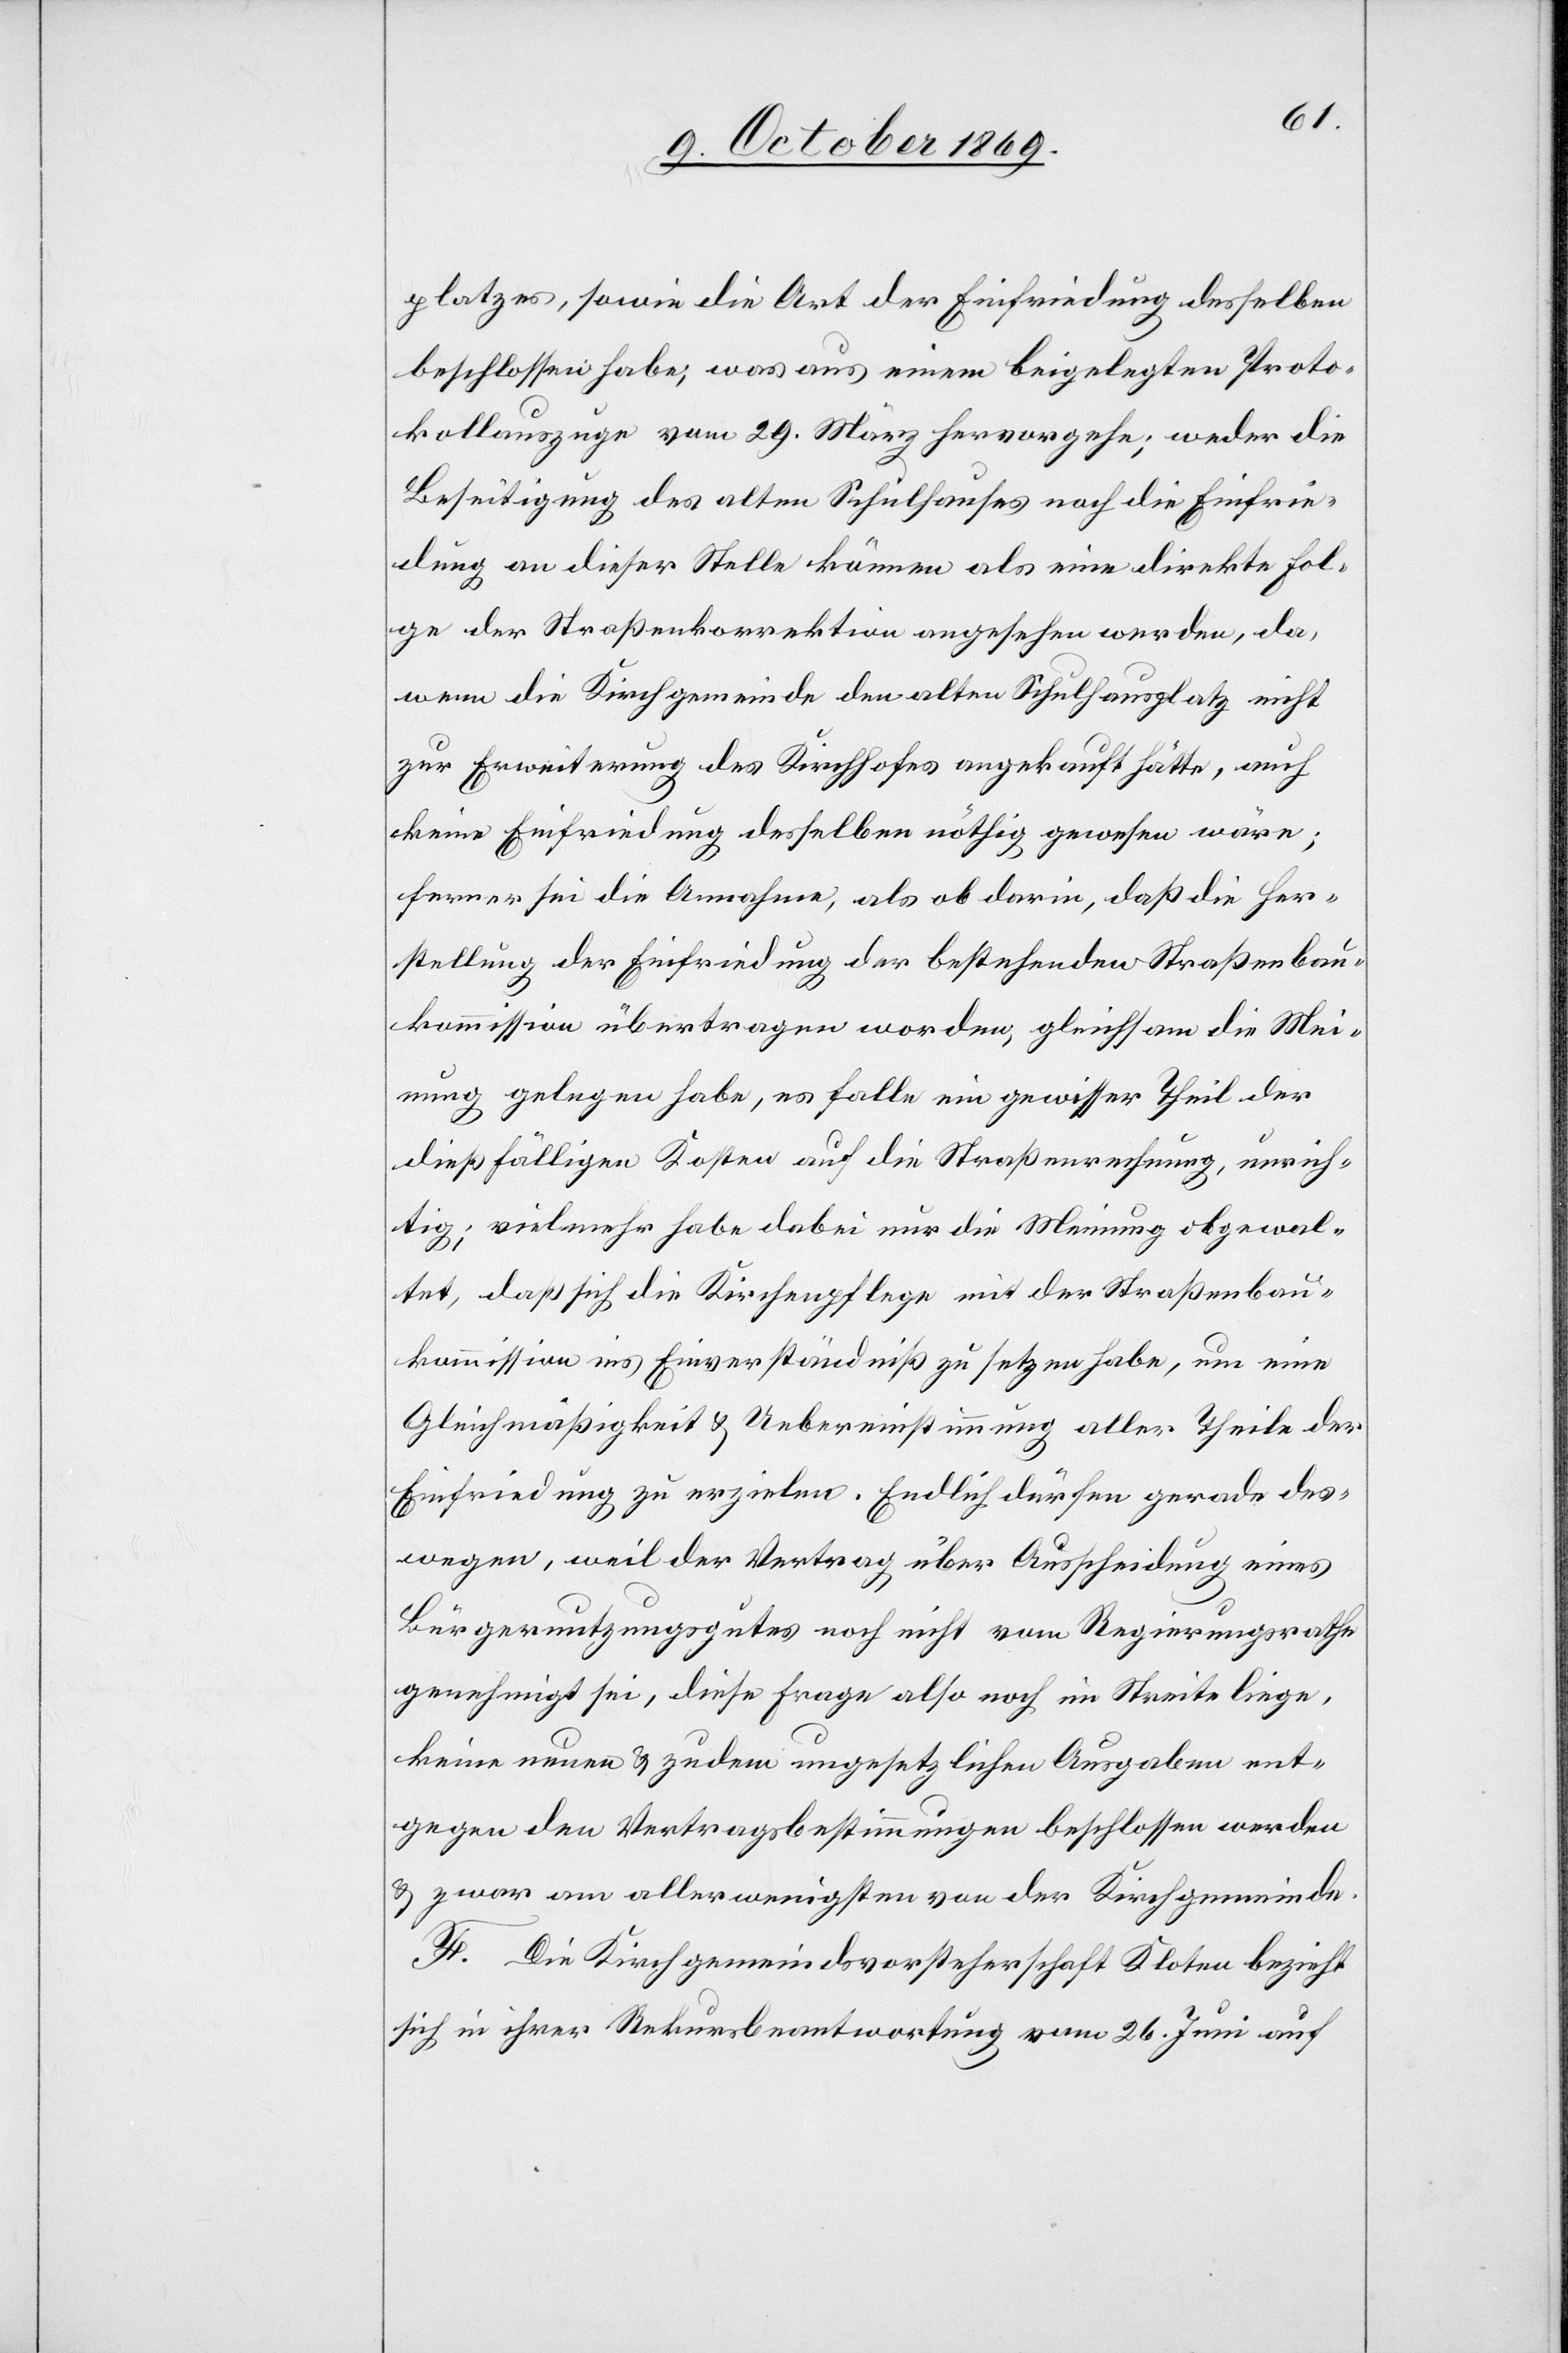
platzes, sowie die Art der Einfriedung desselben
beschlossen habe, was aus einem beigelegten Proto¬
kollauszuge vom 29. März hervorgehe; weder die
Beseitigung des alten Schulhauses noch die Einfrie¬
dung an dieser Stelle können als eine direkte Fol¬
ge der Straßenkorrektion angesehen werden, da,
wenn die Kirchgemeinde den alten Schulhausplatz nicht
zur Erweiterung des Kirchhofes angekauft hätte, auch
keine Einfriedung desselben nöthig gewesen wäre;
ferner sei die Annahme, als ob darin, daß die Her¬
stellung der Einfriedung der bestehenden Straßenbau¬
kommission übertragen worden, gleichsam die Mei¬
nung gelegen habe, es falle ein gewisser Theil der
dießfälligen Kosten auf die Straßenrechnung, unrich¬
tig; vielmehr habe dabei nur die Meinung obgewal¬
tet, daß sich die Kirchenpflege mit der Straßenbau¬
kommission ins Einverständniß zu setzen habe, um eine
Gleichmäßigkeit & Uebereinstimmung aller Theile der
Einfriedung zu erzielen. Endlich dürfen gerade des¬
wegen, weil der Vertrag über Ausscheidung eines
Bürgernutzungsgutes noch nicht vom Regierungsrathe
genehmigt sei, diese Frage also noch im Streite liege,
keine neuen & zudem ungesetzlichen Ausgaben ent¬
gegen den Vertragsbestimmungen beschlossen werden
& zwar am allerwenigsten von der Kirchgemeinde.
F. Die Kirchgemeindsvorsteherschaft Kloten bezieht
sich in ihrer Rekursbeantwortung vom 26. Juni auf